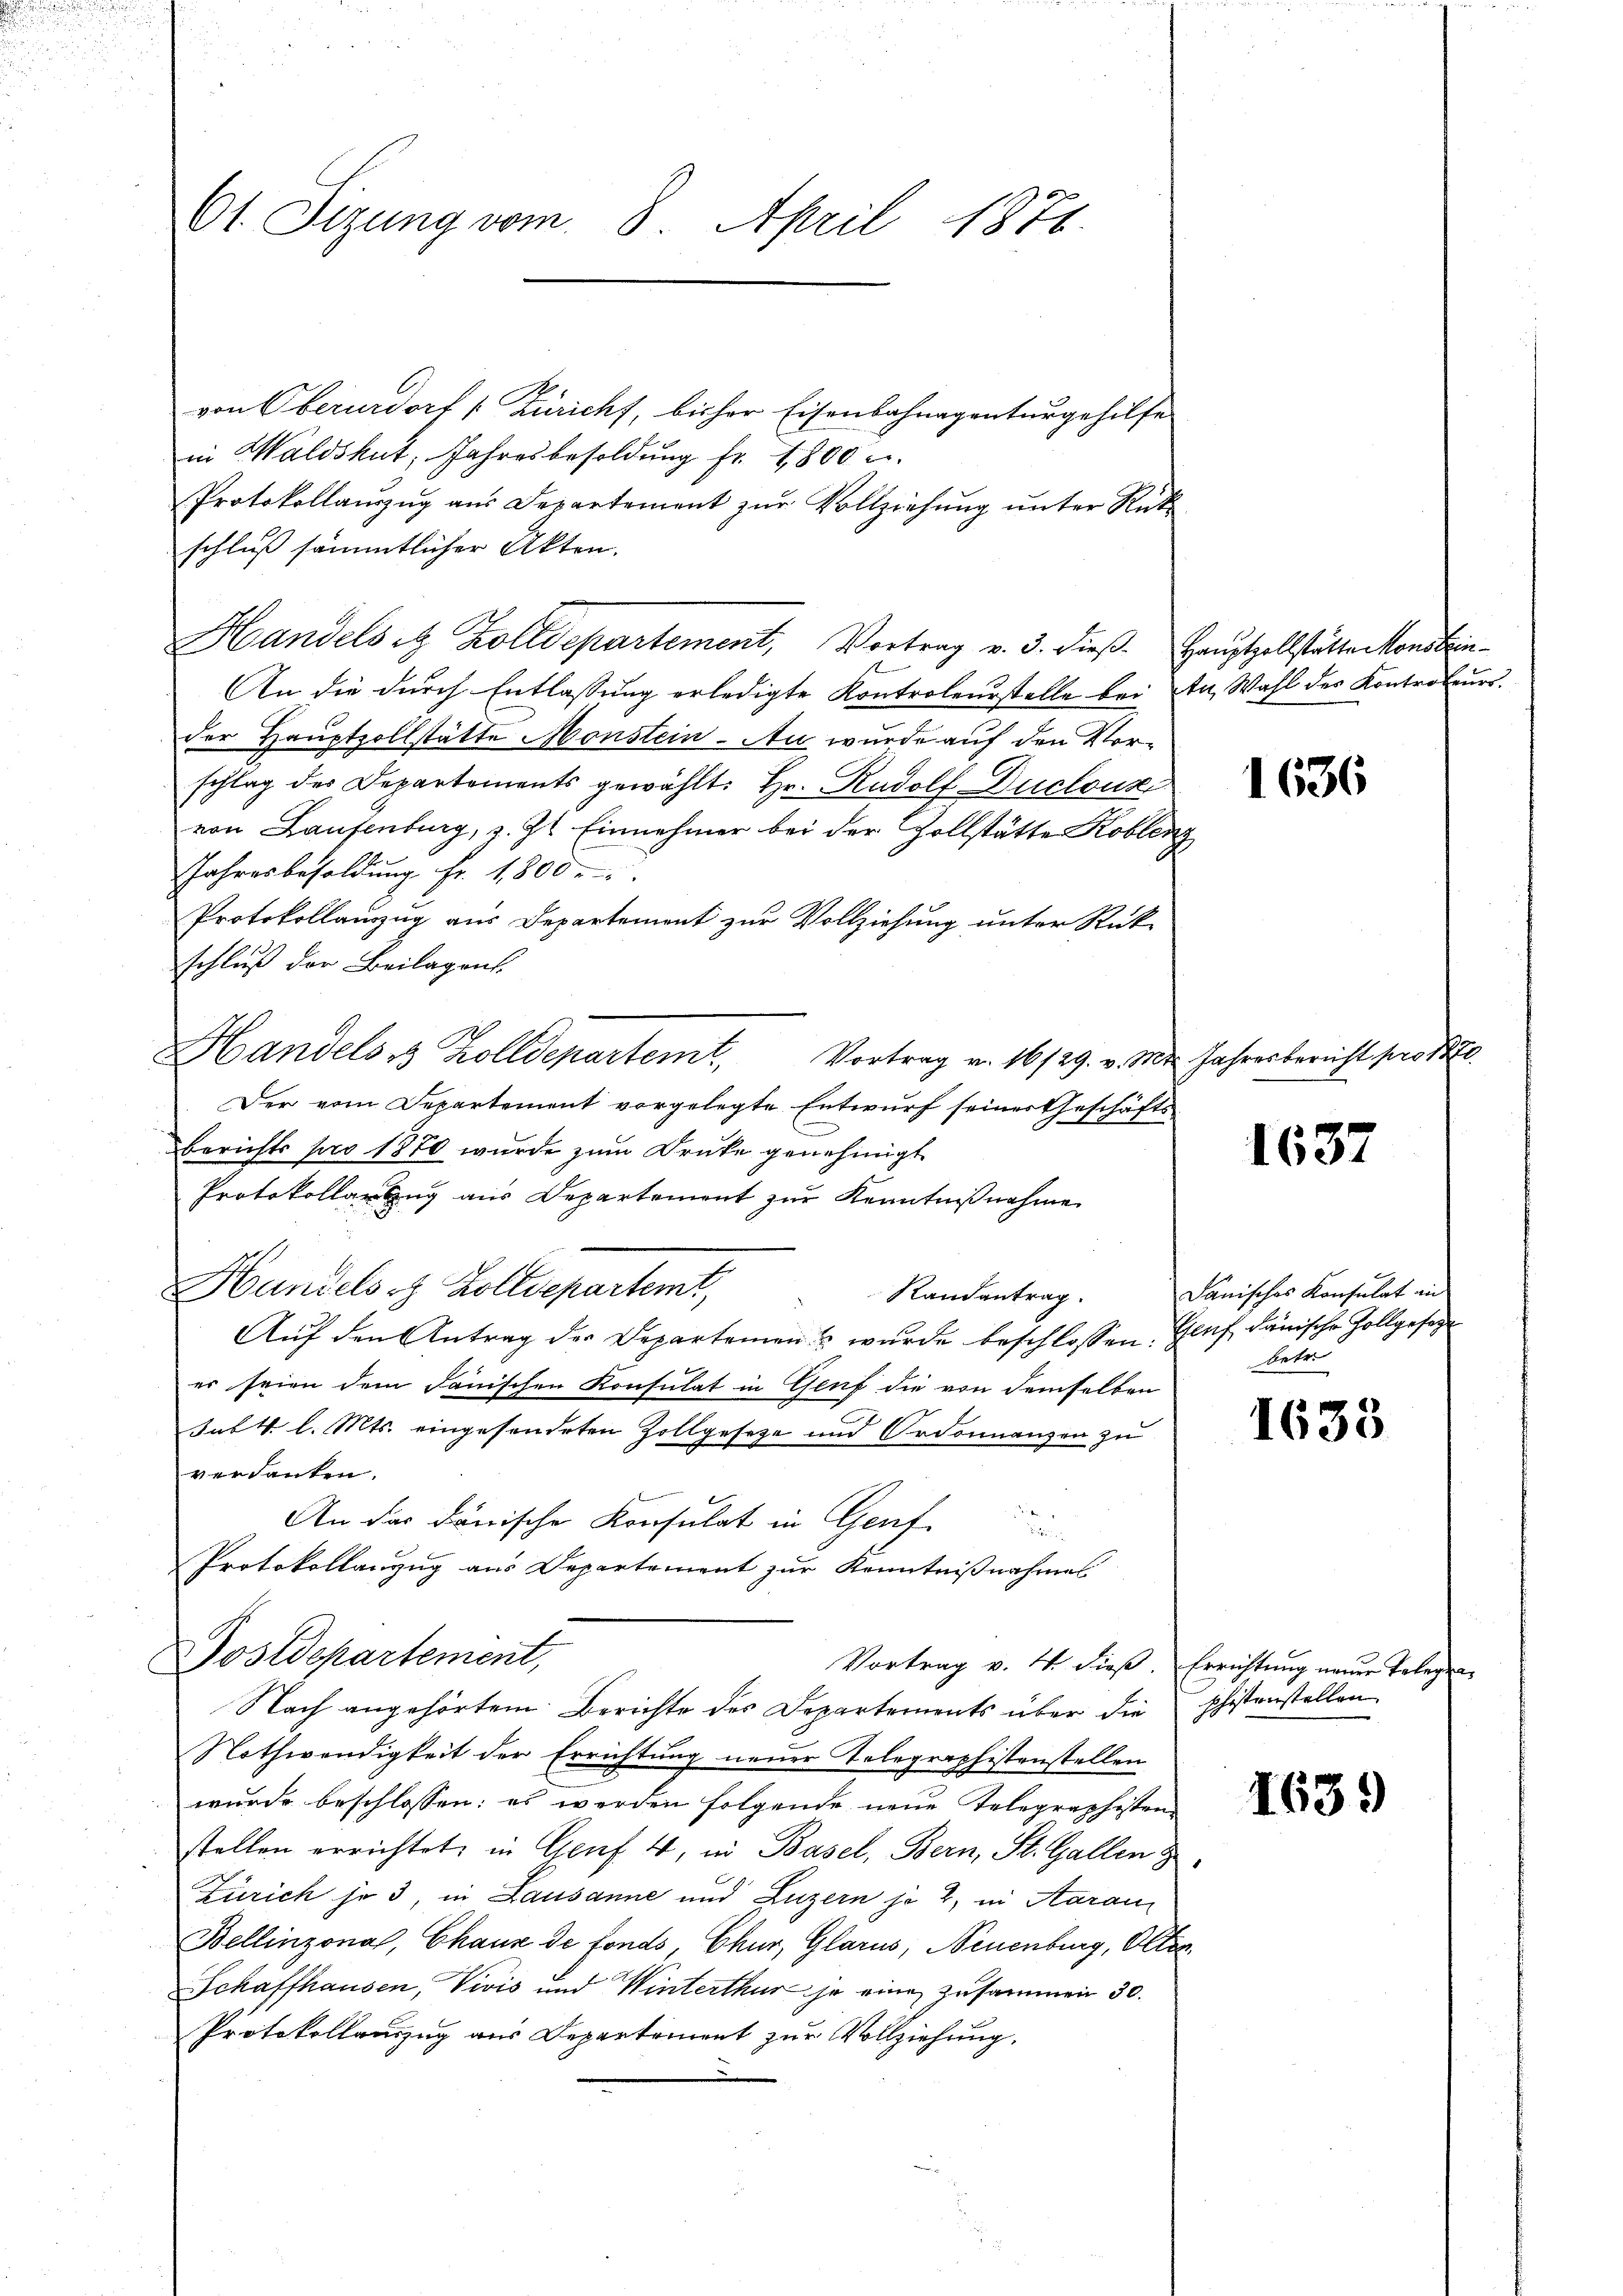
von Oberurdorf [Züricht, bisher Eisenbahnagenturgehilfe
in Waldshut, Jahresbesoldung fr. 4800
Protokollaŭszŭg aŭs Departement zŭr Vollziehŭng ŭnter Rück-
schluß sämmtlicher Akten.
Handelst Zolldepartement, Vortrag v. 3. dieβ. Haŭptzollstättenkonsein
f
An die durch Entlassung erledigte Kontroleurstelle bei An Wahl des Kontroleurs.
der Hauptzollstätte Monstein. An wurde auf den Vorschlag des Departements gewählt: Hr. Rudolf Duclousi
von Laufenburg, z. Zt. Einnehmer bei der Zollstätte Kobler
Jahresbesoldung Fr. 1800.
Protokollanzug aus Departement zur Vollziehung unter Rückschluß der Beilagens.
Handels 3 Zolldepartemt
Vortrag v. 16/29. v. Mt
Der vom Departement vorgelegte Entwurf seiner Geschäfts-
berichts pro 1870 wurde zŭm Druke genehmigt
Protokollarbug aus Departement zur Kenntnißnahme
Handelst Zolldepartemt,
Randantrag.
Auf den Antrag der Departemen wurde beschlossen. Graf danische Zollgesagt
er seien dem Janischen Konsulat in Genf die von demselben
Jab 4 l. Mts. eingesondeten Zollgesetze und Ordonnanzen zu
verdanten.
An das darische Konsulat in Genf
Protokollanzug aus Departement zur Kenntnißnahmes
Postdepartement,
Vortrag v. 4. dieß. Errichtung neuer Telege
Nach angehörtem Berichte des Departements über die
Nothwendigkeit der Errichtung neuer Telegraphistenstellen
wurde beschlossen: es werden folgende neue Telegraphistenstellen errichtet, in Genf 4, in Basel, Bern, St. Gallen
Zürich je 3, in Lausanne und Luzern je 2, in Aarau
Bellinzona, Chaus de fonds, Chur, Glarus, Neuenburg, Olten
Schaffhausen, Vivis und Winterthur je eine zusammen 30.
Protokollanzug aus Departement zur Vollziehung.

61 Sizung vom 8. April 1876.

1636

Jahresbericht prot.

1637

danisches Konsulat an
betr.

1633

phistenstellen.

1639

b